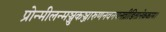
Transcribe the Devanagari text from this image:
प्रोन्मीलन्मञ्जुकञ्जारुणनवनयनव्रीडितानेककाम।